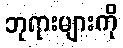
ဘုရားများကို